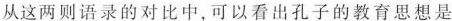
从这两则语录的对比中，可以看出孔子的教育思想是